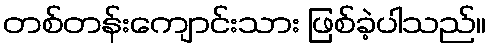
တစ်တန်းကျောင်းသား ဖြစ်ခဲ့ပါသည်။